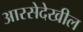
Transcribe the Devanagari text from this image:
आरसेदेखील